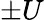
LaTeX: \pm U